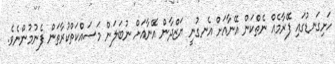
ހަށިގަނޑުގައި ފޭރާމެއް ނެތްކަން އޭނާއަށް އެނގުނީ ޔަޒްދާން އޭނާއަށް ނުބަލަން މަސައްކަތްކުރާތަން ފެނުމުންނެވެ.